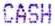
CASH